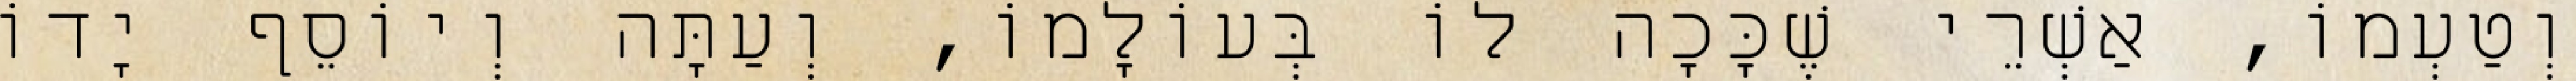
וְטַעְמוֹ, אַשְׁרֵי שֶׁכָּכָה לוֹ בְּעוֹלָמוֹ, וְעַתָּה וְיוֹסֵף יָדוֹ